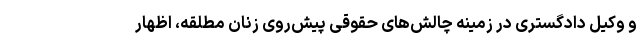
و وکیل دادگستری در زمینه چالش‌های حقوقی پیش‌روی زنان مطلقه، اظهار